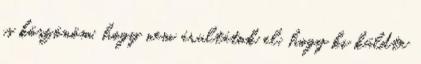
is köszönöm, hogy nem árultátok el, hogy ki küldte